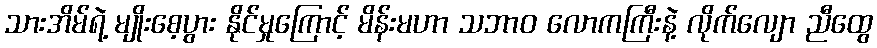
သားအိမ်ရဲ့ မျိုးစေ့ပွား နိုင်မှုကြောင့် မိန်းမဟာ သဘာဝ လောကကြီးနဲ့ လိုက်လျော ညီထွေ